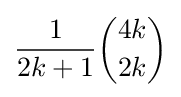
{\frac {1}{2k+1}}{\binom {4k}{2k}}